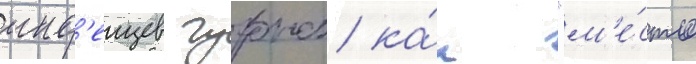
инд'еицев гуронов ка́к "м'е́сто